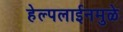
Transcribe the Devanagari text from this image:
हेल्पलाईनमुळे